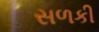
સળકી